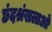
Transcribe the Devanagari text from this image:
छंदश्रंखलाओं